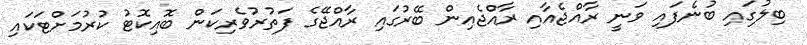
ބިލުގައި ބުނެފައި ވަނީ ރާއްޖެއާއި ރާއްޖެއިން ބޭރުގައި ރާއްޖޭގެ ފަތުރުވެރިކަން ބޮއިކޮޓު ކުރުމަށްޓަކައި